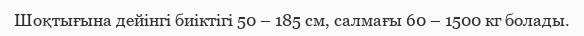
Шоқтығына дейінгі биіктігі 50 – 185 см, салмағы 60 – 1500 кг болады.